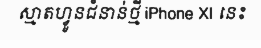
ស្មាតហ្វូនជំនាន់ថ្មី iPhone XI នេះ